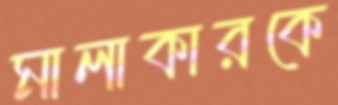
মালাকারকে